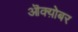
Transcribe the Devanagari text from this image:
ऒक्य़ोबर